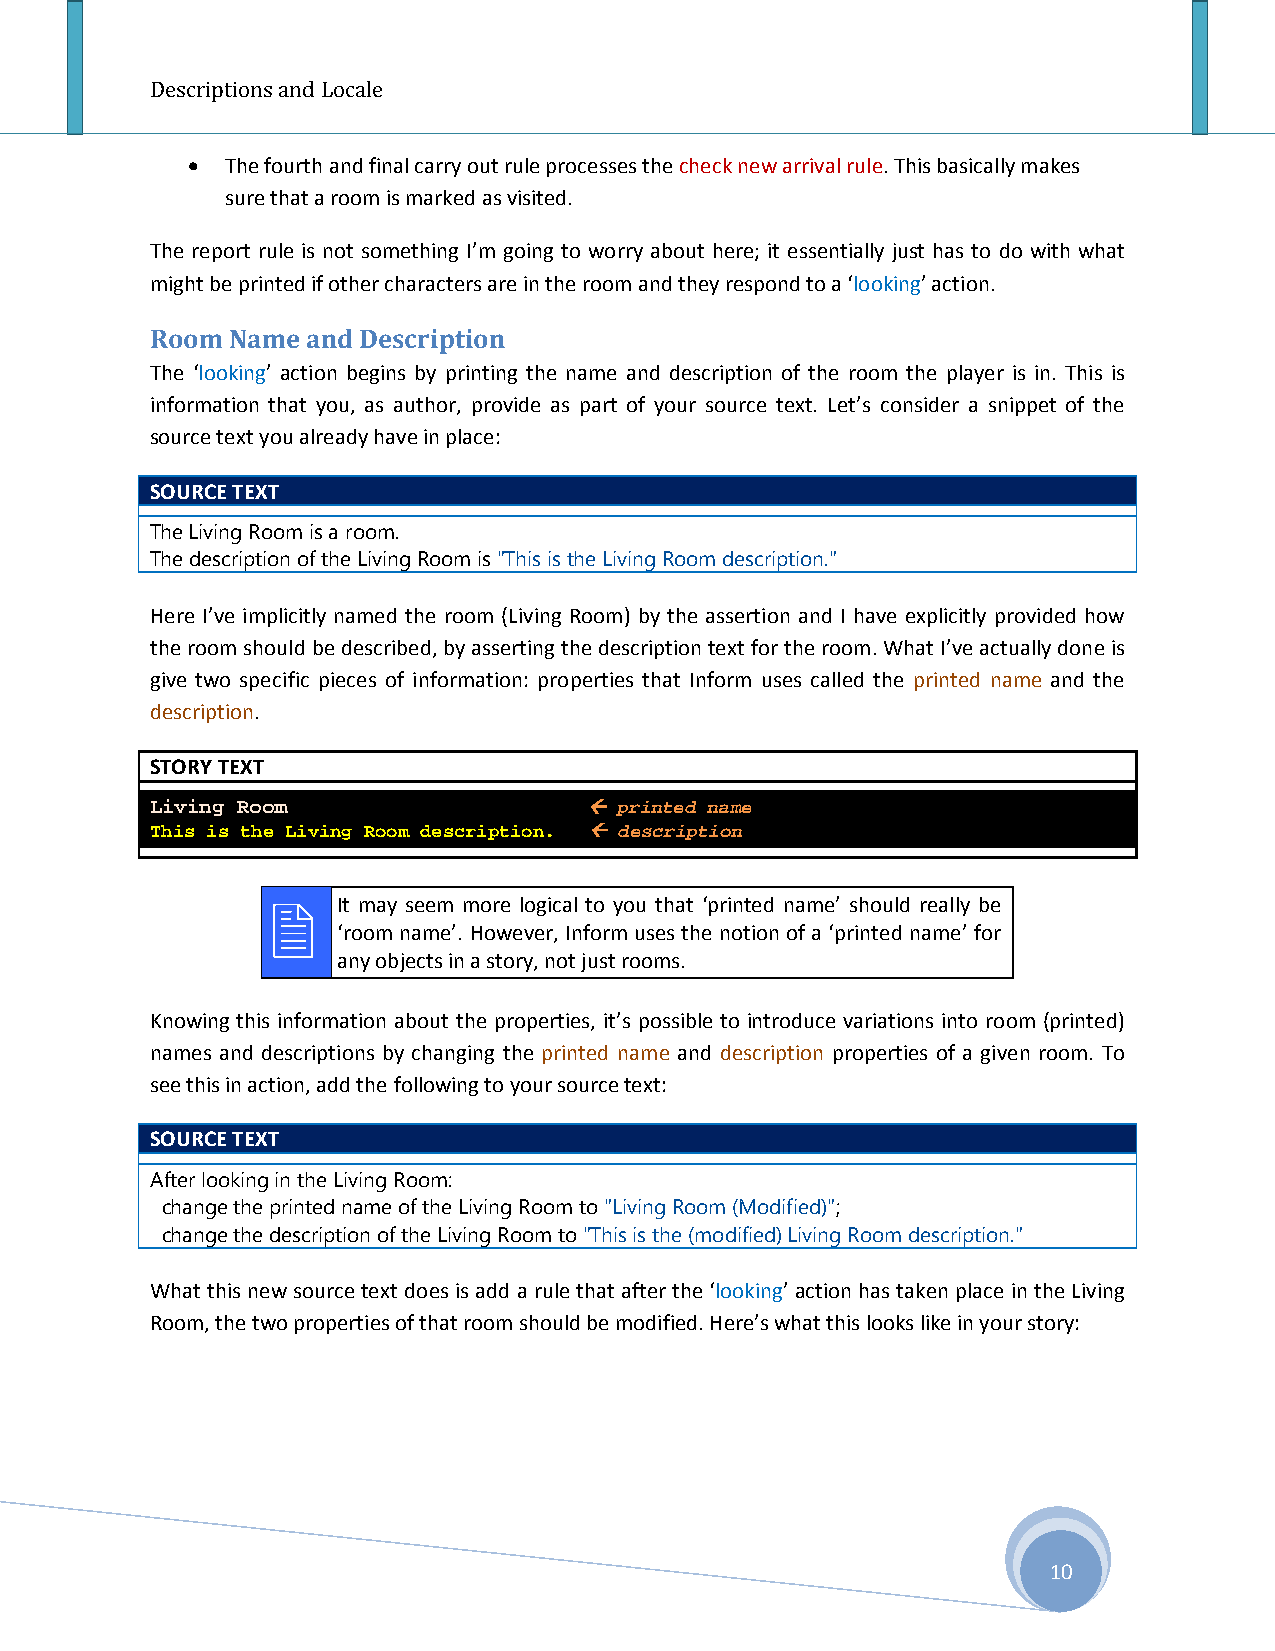
Descriptions and Locale
 •  The fourth and final carry out rule processes the check new arrival rule. This basically makes
 sure that a room is marked as visited.
 The report rule is not something I’m going to worry about here; it essentially just has to do with what
 might be printed if other characters are in the room and they respond to a ‘looking’ action.
 Room Name and Description
 The ‘looking’ action begins by printing the name and description of the room the player is in. This is
 information that you, as author, provide as part of your source text. Let’s consider a snippet of the
 source text you already have in place:
 SOURCE TEXT
 The Living Room is a room.
 The description of the Living Room is "This is the Living Room description."
 Here I’ve implicitly named the room (Living Room) by the assertion and I have explicitly provided how
 the room should be described, by asserting the description text for the room. What I’ve actually done is
 give two specific pieces of information: properties that Inform uses called the printed name and the
 description.
 STORY TEXT
 Living Room                   printed name
 This is the Living Room description.  description
    It may seem more logical to you that ‘printed name’ should really be
 ‘room name’. However, Inform uses the notion of a ‘printed name’ for
 any objects in a story, not just rooms.
 Knowing this information about the properties, it’s possible to introduce variations into room (printed)
 names and descriptions by changing the printed name and description properties of a given room. To
 see this in action, add the following to your source text:
 SOURCE TEXT
 After looking in the Living Room:
 change the printed name of the Living Room to "Living Room (Modified)";
 change the description of the Living Room to "This is the (modified) Living Room description."
 What this new source text does is add a rule that after the ‘looking’ action has taken place in the Living
 Room, the two properties of that room should be modified. Here’s what this looks like in your story:
 10